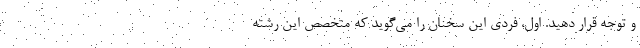
و توجه قرار دهید. اول، فردی این سخنان را می‌‌گوید که متخصص این رشته